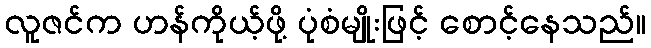
လူဇင်က ဟန်ကိုယ့်ဖို့ ပုံစံမျိုးဖြင့် စောင့်နေသည်။